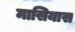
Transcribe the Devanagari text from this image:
मासियास